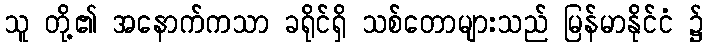
သူ တို့၏ အနောက်ကသာ ခရိုင်ရှိ သစ်တောများသည် မြန်မာနိုင်ငံ ၌